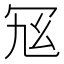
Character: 𠖂